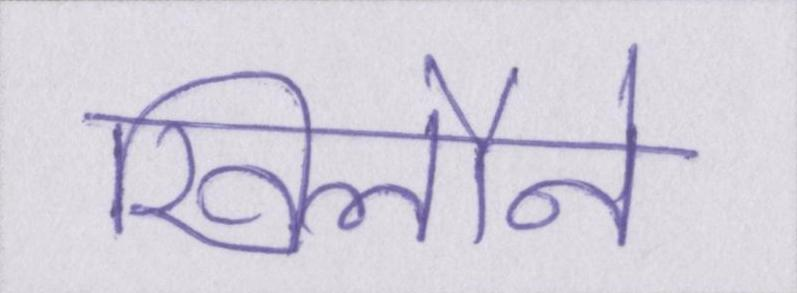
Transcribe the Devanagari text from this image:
खिलौने